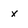
Character: x